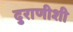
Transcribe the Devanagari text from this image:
दुराणीशी